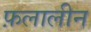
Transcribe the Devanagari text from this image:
फ़लालीन